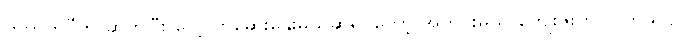
ကိုတွတ်ပီက ဆက်ပြီး လေ့လာဆွေးနွေးမယ်ဆိုရင်တော့ အတိုင်းမသိ ကျေးဇူးတင်ပါတယ်ဗျာ။